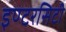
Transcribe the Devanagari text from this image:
इण्टरसिटी